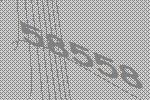
58558